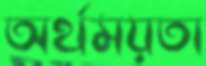
অর্থময়তা